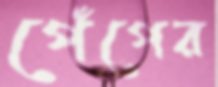
পেঁপের